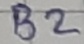
Text: B2